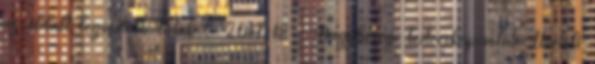
az oldalt legördülő listából. 2017-18 - Nagyberegi testvérkapcsolat Átvételi